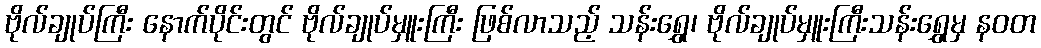
ဗိုလ်ချုပ်ကြီး နောက်ပိုင်းတွင် ဗိုလ်ချုပ်မှူးကြီး ဖြစ်လာသည့် သန်းရွှေ၊ ဗိုလ်ချုပ်မှူးကြီးသန်းရွှေမှ နဝတ